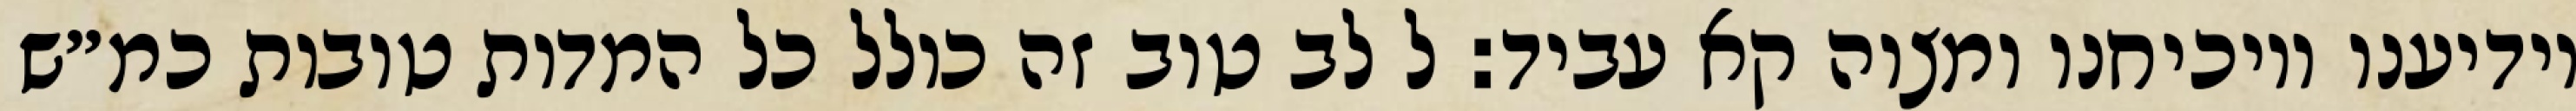
יודיענו ויוכיחנו ומצוה קא עביד: ל לב טוב זה כולל כל המדות טובות כמ״ש